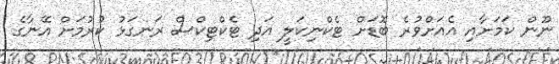
ނޫން ކަމަށާއި އެއަށްވުރެ ބޮޑަށް ޓެކްނިކަލީ އަދި ޓެކްޓިކްސް ރަނގަޅު ކުރުމަށް އޭނާގެ